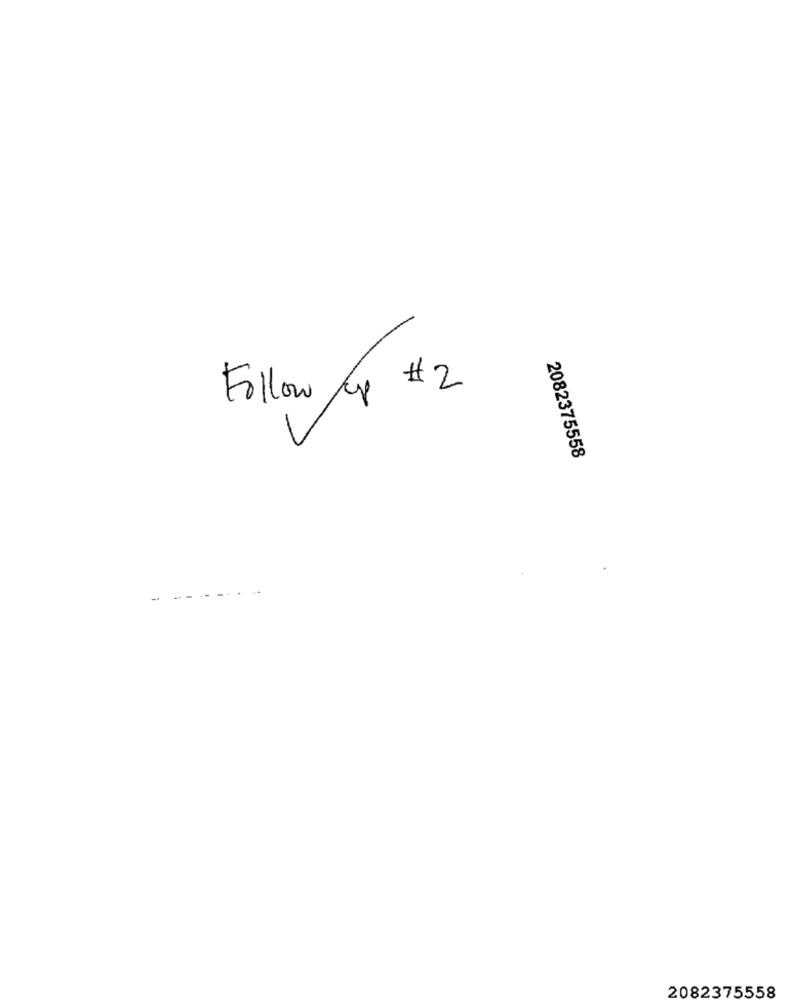
Follow up # 2
2082375558
-
2082375558